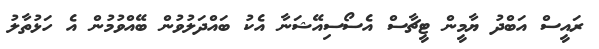
ރައީސް އަބްދު ޔާމީން ޓީޗާސް އެސޯސިއޭޝަނާ އެކު ބައްދަލުވުން ބޭއްވުމުން އެ ހަޅުތާލު